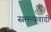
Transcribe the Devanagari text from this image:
समन्यवादी